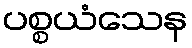
ပစ္စယံသေန